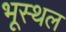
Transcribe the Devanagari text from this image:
भूस्थल